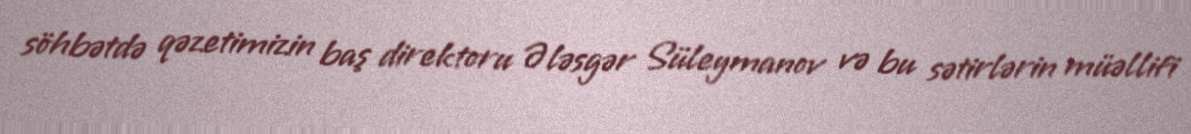
söhbətdə qəzetimizin baş direktoru Ələsgər Süleymanov və bu sətirlərin müəllifi